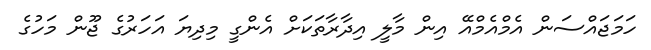
ހަމަޖައްސަން އެމްއެމްއޭ އިން މާލީ އިދާރާތަކަށް އެންގީ މިދިޔަ އަހަރުގެ ޖޫން މަހުގެ